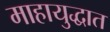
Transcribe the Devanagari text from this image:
माहायुद्धात